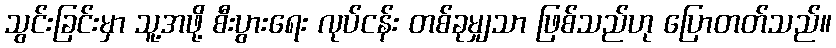
သွင်းခြင်းမှာ သူ့အဖို့ စီးပွားရေး လုပ်ငန်း တစ်ခုမျှသာ ဖြစ်သည်ဟု ပြောတတ်သည်။